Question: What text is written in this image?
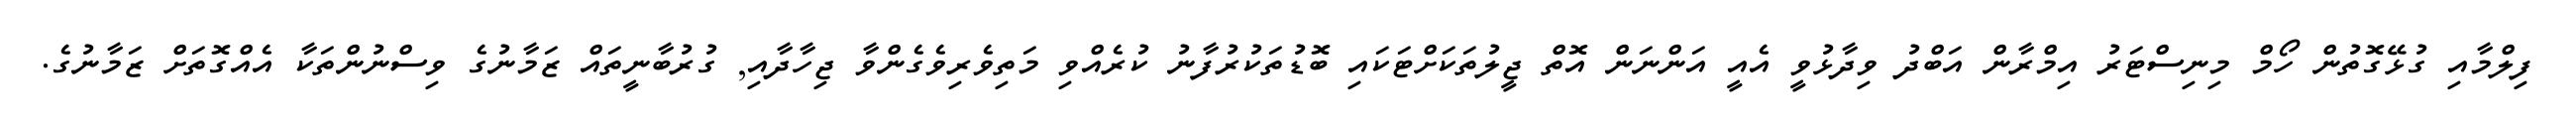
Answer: ފިލްމާއި ގުޅޭގޮތުން ހޯމް މިނިސްޓަރު އިމްރާން އަބްދު ވިދާޅުވީ އެއީ އަންނަން އޮތް ޖީލުތަކަށްޓަކައި ބޮޑުތަކުރުފާނު ކުރެއްވި މަތިވެރިވެގެންވާ ޖިހާދާއި, ގުރުބާނީތައް ޒަމާނުގެ ވިސްނުންތަކާ އެއްގޮތަށް ޒަމާނުގެ.